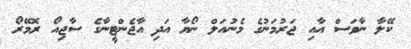
ކޭލާ ނާވަސް އާއި ޖަރުމަނުގެ މެނުއަލް ނޯޔާ އަދި އާޖެންޓީނާގެ ސާޖިއޯ ރޮމޭރޯ